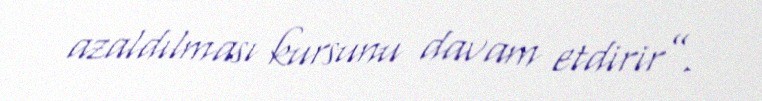
azaldılması kursunu davam etdirir”.